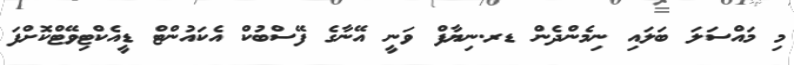
މި މައްސަލަ ބަލައި ނިމެންދެން ޑރ.ނިޔާފް ވަނީ އޭނާގެ ފޭސްބުކް އެކައުންޓް ޑީއެކްޓިވޭޓްކޮށްފަ